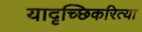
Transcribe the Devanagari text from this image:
यादृच्छिकरित्या